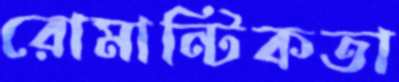
রোমান্টিকতা